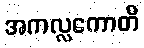
အကလ္လကောတိ